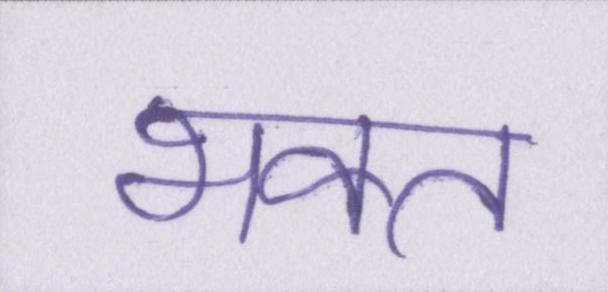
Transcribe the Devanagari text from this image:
भक्त